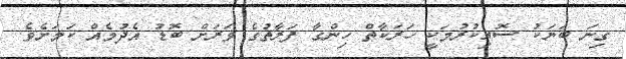
ގިނަ ބަޔަކު ސޮއިކުރުމަކީ ހަރަކާތް ހިންގާ ފަރާތުގެ ވަރަށް ބޮޑު އެދުމެއް ކަމަށެވެ.